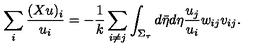
\sum _ { i } \frac { ( X u ) _ { i } } { u _ { i } } = - \frac { 1 } { k } \sum _ { i \neq j } \int _ { \Sigma _ { \tau } } d \bar { \eta } d \eta \frac { u _ { j } } { u _ { i } } w _ { i j } v _ { i j } .